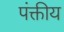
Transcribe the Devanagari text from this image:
पंक्तीय